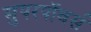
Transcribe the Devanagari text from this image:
सुपरपॉवर्स